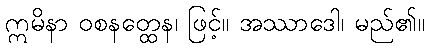
ဣမိနာ ဝစနတ္ထေန၊ ဖြင့်။ အဿာဒေါ၊ မည်၏။